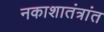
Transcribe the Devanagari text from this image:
नकाशातंत्रांत